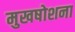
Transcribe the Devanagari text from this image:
मुखषोशना